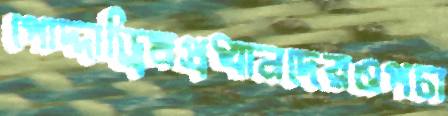
পোদ্দাড্রিমপ্রধানদেরওপচা